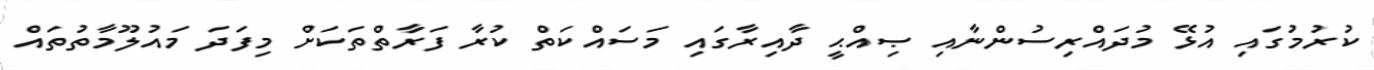
ކުރުމުގައި އުޅޭ މުދައްރިސުންނާއި ޞިއްޙީ ދާއިރާގައި މަސައްކަތް ކުރާ ފަރާތްތަކަށް މިފަދަ މައުލޫމާތުތައް